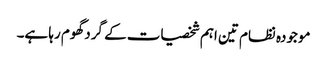
موجودہ نظام تین اہم شخصیات کے گرد گھوم رہا ہے۔